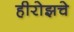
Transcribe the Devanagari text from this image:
हीरोझचे